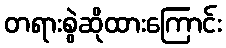
တရားစွဲဆိုထားကြောင်း